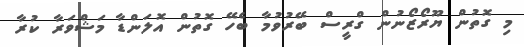
މި ގޮތުން ޔޫރޯޒޯނުން ގްރީސް ބޭރުވުމާ ބެހޭ ގޮތުން އޮލަންޑާ މަޝްވަރާ ކުރާ